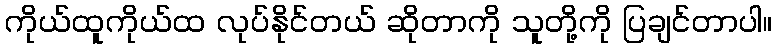
ကိုယ်ထူကိုယ်ထ လုပ်နိုင်တယ် ဆိုတာကို သူတို့ကို ပြချင်တာပါ။